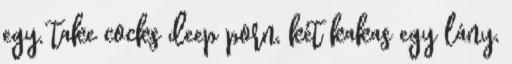
egy, take cocks deep porn, két kakas egy lány,